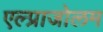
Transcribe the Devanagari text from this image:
एल्प्राजोलम